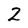
Character: 2